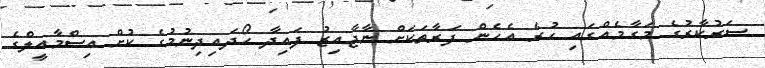
ސަރުކާރުގެ މަގާމެއްގައި ހުރެ އެހެން ފަރާތަކަށް ނާޖާއިޒު ފައިދާ ހޯދައިދިނުމުގެ ކުށް އިސްމާއީލްގެ